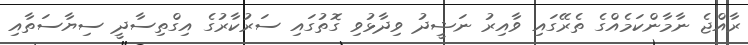
ރާއްޖެ ނާމާންކަމެއްގެ ތެރޭގައި ވާއިރު ނަޝީދު ވިދާޅުވި ގޮތުގައި ސަރުކާރުގެ އިގްތިސާދީ ސިޔާސަތާއި